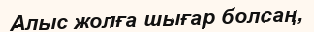
Алыс жолға шығар болсаң,